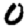
Digit: 0